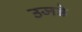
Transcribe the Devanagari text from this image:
उजडे